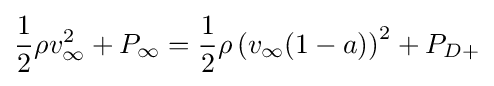
{\frac {1}{2}}\rho v_{\infty }^{2}+P_{\infty }={\frac {1}{2}}\rho \left(v_{\infty }(1-a)\right)^{2}+P_{D+}